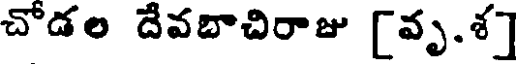
చొడల దేవబాచిరాజు (వృ.శ]